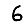
Digit: 6